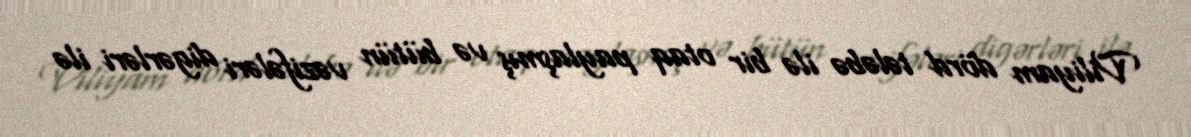
Viliyam dörd tələbə ilə bir otaq paylaşmış və bütün vəzifələri digərləri ilə